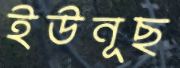
ইউনূছ